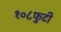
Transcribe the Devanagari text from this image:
१०८फुटी